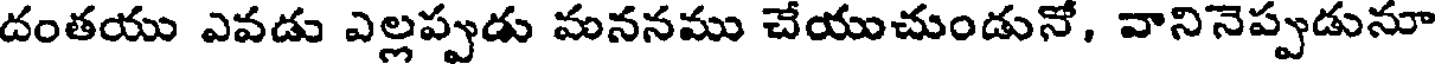
దంతయు ఎవడు ఎల్లప్పుడు మననము చేయుచుండునో, వానినెప్పుడునూ